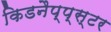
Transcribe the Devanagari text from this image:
किडनैप्प्स्टर